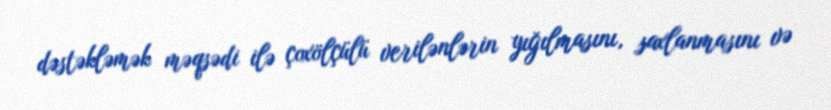
dəstəkləmək məqsədi ilə çoxölçülü verilənlərin yığılmasını, saxlanmasını və